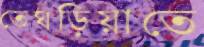
তেঘড়িয়াতে